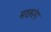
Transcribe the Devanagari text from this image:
मछरंग